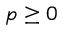
p \geq 0